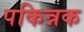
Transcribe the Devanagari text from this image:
पकिन्नक